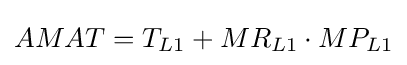
AMAT=T_{L1}+MR_{L1}\cdot MP_{L1}